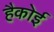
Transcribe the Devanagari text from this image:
हैकोई